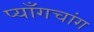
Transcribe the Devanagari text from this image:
प्याँगचांग